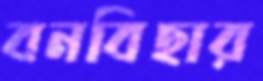
বনবিহার